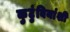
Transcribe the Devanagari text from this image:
कुटुंबियांशी